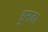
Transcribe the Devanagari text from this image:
हुमडा